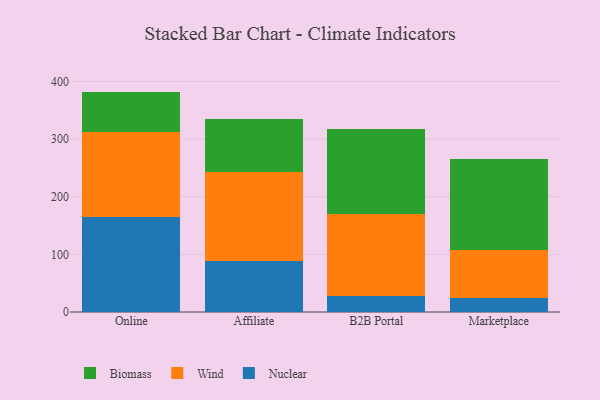
{"axis": {"x": "Channel", "y": "Active Users"}, "legend": ["Biomass", "Nuclear", "Wind"], "data": [{"x": "Online", "y": 164.0, "type": "Nuclear"}, {"x": "Online", "y": 148.6, "type": "Wind"}, {"x": "Online", "y": 69.8, "type": "Biomass"}, {"x": "Affiliate", "y": 87.9, "type": "Nuclear"}, {"x": "Affiliate", "y": 154.3, "type": "Wind"}, {"x": "Affiliate", "y": 91.9, "type": "Biomass"}, {"x": "B2B Portal", "y": 27.4, "type": "Nuclear"}, {"x": "B2B Portal", "y": 142.5, "type": "Wind"}, {"x": "B2B Portal", "y": 148.0, "type": "Biomass"}, {"x": "Marketplace", "y": 24.2, "type": "Nuclear"}, {"x": "Marketplace", "y": 83.7, "type": "Wind"}, {"x": "Marketplace", "y": 156.9, "type": "Biomass"}]}